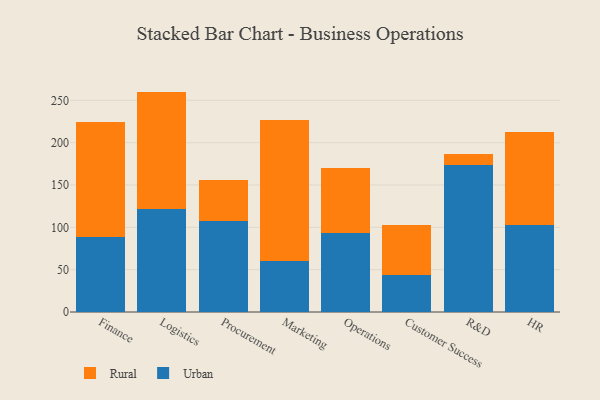
{"axis": {"x": "Department", "y": "Demand Index"}, "legend": ["Rural", "Urban"], "data": [{"x": "Finance", "y": 88.7, "type": "Urban"}, {"x": "Finance", "y": 136.2, "type": "Rural"}, {"x": "Logistics", "y": 122.1, "type": "Urban"}, {"x": "Logistics", "y": 138.2, "type": "Rural"}, {"x": "Procurement", "y": 107.9, "type": "Urban"}, {"x": "Procurement", "y": 48.5, "type": "Rural"}, {"x": "Marketing", "y": 60.3, "type": "Urban"}, {"x": "Marketing", "y": 166.5, "type": "Rural"}, {"x": "Operations", "y": 93.3, "type": "Urban"}, {"x": "Operations", "y": 76.5, "type": "Rural"}, {"x": "Customer Success", "y": 43.7, "type": "Urban"}, {"x": "Customer Success", "y": 59.3, "type": "Rural"}, {"x": "R&D", "y": 173.1, "type": "Urban"}, {"x": "R&D", "y": 14.0, "type": "Rural"}, {"x": "HR", "y": 102.2, "type": "Urban"}, {"x": "HR", "y": 110.2, "type": "Rural"}]}